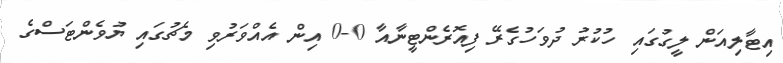
އިޓާލިއަން ލީގުގައި ހުކުރު ދުވަހުގެރޭ ފިއޮރެންޓީނާއާ 0-0 އިން އެއްވަރުވި މެޗުގައި ޔުވެންޓަސްގެ